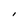
Character: I